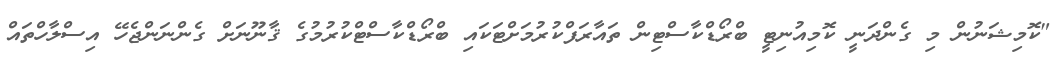
"ކޮމިޝަނުން މި ގެންދަނީ ކޮމިއުނިޓީ ބްރޯޑްކާސްޓިން ތައާރަފްކުރުމަށްޓަކައި ބްރޯޑްކާސްޓްކުރުމުގެ ޤާނޫނަށް ގެންނަންޖެހޭ އިސްލާހްތައް